King Institute of Preventive Medicine Bacteriolog. Section reports 1907-08
Year: 1907
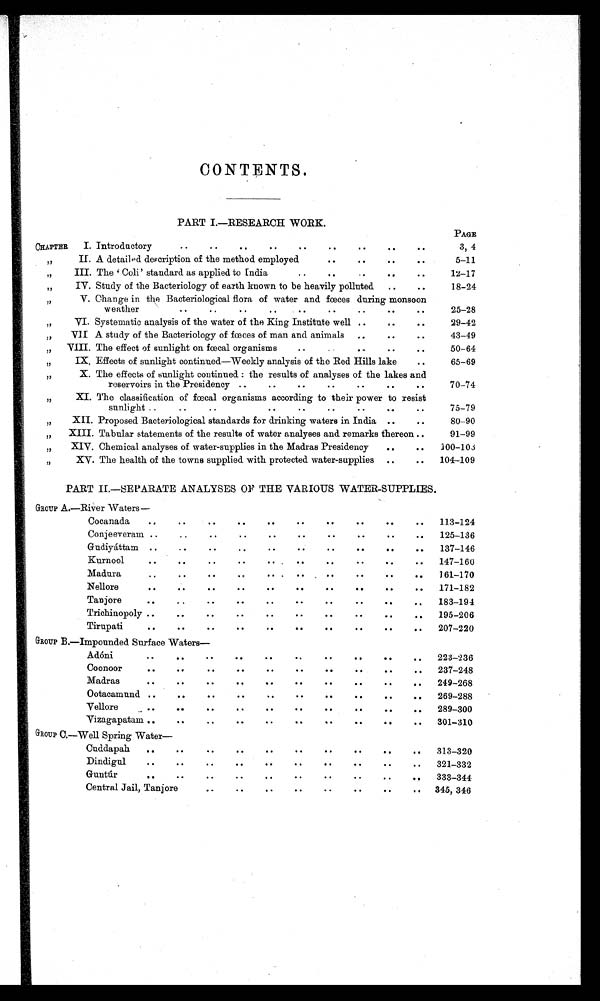
CONTENTS.
PART I.—RESEARCH WORK.
PAGE
CHAPTER
I. Introductory
.
.
.
. .
..
.
3, 4
II. A detailed description of the method employed
..
..
..
..
"
5–11
.
.
"
III. The ' Coli' standard as applied to India
..
.
..
12–17
"
IV. Study of the Bacteriology of earth known to be heavily polluted
..
..
18–24
"
V. Change in the Bacteriological flora of water and fœces during monsoon
weather
.. ..
..
..
..
..
..
..
..
25–28
"
VI. Systematic analysis of the water of the King Institute well ..
..
..
29–42
"
VII A study of the Bacteriology of fœces of man and animals ..
.
43–49
"
VIII. The effect of sunlight on fœcal organisms
. . . .
. .
. .
50–64
"
IX.
E f f e c t s o f s u n l i g h t c o n t i n u e d — W e e k l y a n a l y s i s o f t h e R e d H i l l s l a k e
. .
65–69
"
X. The effects of sunlight continued : the results of analyses of the lakes and
reservoirs in the Presidency ..
..
..
..
. .
.. ..
70–74
"
XI. The classification of fœcal organisms according to their power to resist
sunlight ..
..
..
..
......
....
75–79
"XII. Proposed Bacteriological standards for drinking waters in India
..
. .
80–90
„
XIII. Tabular statements of the results of water analyses and remarks thereon ..
91–99
XIV. Chemical analyses of water-supplies in the Madras Presidency
..
..
"
100–103
"
XV. The health of the towns supplied with protected water-supplies
..
..
104–109
PART II.—SEPARATE ANALYSES OF THE VARIOUS WATER-SUPPLIES.
GROUP A.—River Waters
—
Cocanada
..
.. ..
..
..
..
..
..
..
..
113–124
Conjeeveram ..
..
..
.. ..
..
..
..
..
..
125–136
Gudiyáttam ..
.. ..
..
..
..
..
..
.
..
137–146
Kurnool
..
. ..
..
..
..
..
..
147–160
Madura
. . .
. .
. . . .
. .
. .
. .
. .
161–170
Nellore
. . . .
. .
. .
. .
. .
. .
. .
. .
. .
171–182
Tanjore
.
..
.. ..
. .
. .
. . . . .
183–194
Trichinopoly ..
. .
. .
. .
. .
. .
. .
. . . . .
195–206
Tirupati
.
..
. . . .
. .
. .
. .
. .
207–220
GROUP B.—Impounded Surface Waters—
.
Adóni
..
. .
..
..
..
..
. .
.
223–236
Coonoor
. .
. .
. .
. .
. .
. .
. .
. .
. .
. .
237–248
Madras
. .
. .
. .
. .
. .
. .
. .
. .
. .
. .
249–268
Ootacamund ..
.
.
. .
. .
. .
. . .
269–288
Vellore.. ..
..
..
..
.
. .
..
..
. .
289–300
Vizagapatam ..
. .
. .
. -
. .
. .
. .
301–310
GROUP C.—Well Spring Water—
Cuddapah
. .
. .
. .
. .
. .
. .
. .
. .
. .
. .
313–320
..
Dindigul
..
..
..
..
..
. .
. .
. .
..
321–332
Guntúr
..
. . .. .. .. . . . . ..
333–344
Central Jail, Tanjore
. .
. .
. .
. .
. .
. .
345, 346